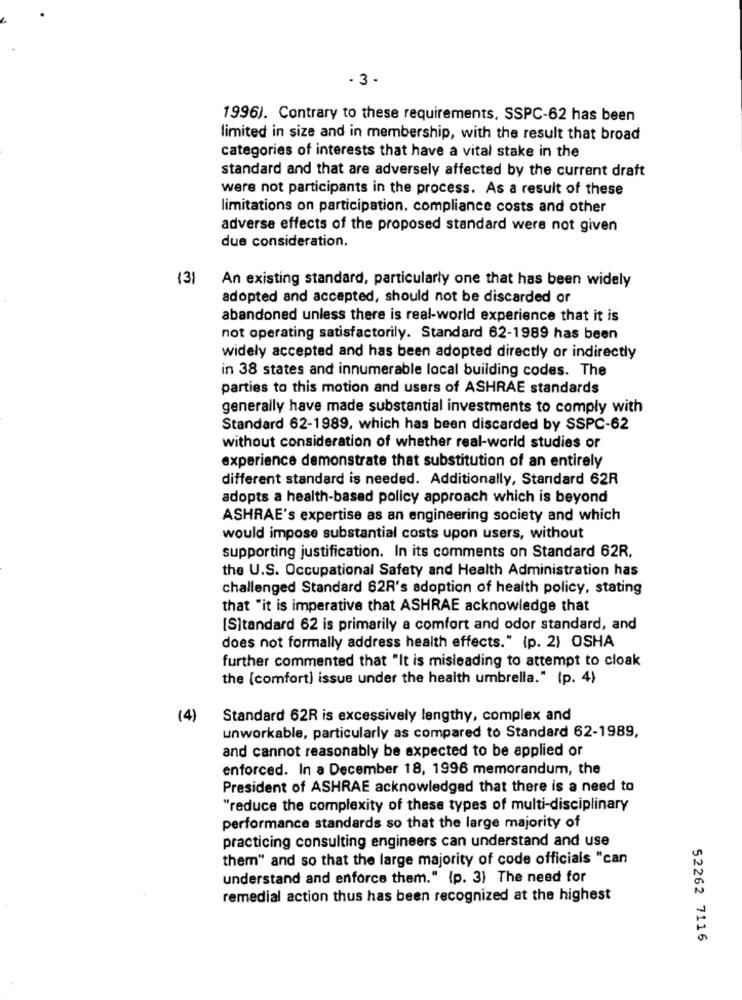
- 3 -
1996). Contrary to these requirements, SSPC-62 has been
limited in size and in membership, with the result that broad
categories of interests that have a vital stake in the
standard and that are adversely affected by the current draft
were not participants in the process. As a result of these
limitations on participation. compliance costs and other
adverse effects of the proposed standard were not given
due consideration.
(3)
An existing standard, particularly one that has been widely
adopted and accepted, should not be discarded or
abandoned unless there is real-world experience that it is
not operating satisfactorily. Standard 62-1989 has been
widely accepted and has been adopted directly or indirectly
in 38 states and innumerable local building codes. The
parties to this motion and users of ASHRAE standards
generally have made substantial investments to comply with
Standard 62-1989, which has been discarded by SSPC-62
without consideration of whether real-world studies or
experience demonstrate that substitution of an entirely
different standard is needed. Additionally, Standard 62R
adopts a health-based policy approach which is beyond
ASHRAE's expertise as an engineering society and which
would impose substantial costs upon users, without
supporting justification. In its comments on Standard 62R.
the U.S. Occupational Safety and Health Administration has
challenged Standard 62R's adoption of health policy, stating
that "it is imperative that ASHRAE acknowledge that
[S]tandard 62 is primarily a comfort and odor standard, and
does not formally address health effects." (p. 2) OSHA
further commented that "It is misleading to attempt to cloak
the [comfort) issue under the health umbrella." (p. 4)
(4)
Standard 62R is excessively lengthy, complex and
unworkable, particularly as compared to Standard 62-1989,
and cannot reasonably be expected to be applied or
enforced. In a December 18, 1996 memorandum, the
President of ASHRAE acknowledged that there is a need to
"reduce the complexity of these types of multi-disciplinary
performance standards so that the large majority of
practicing consulting engineers can understand and use
them" and so that the large majority of code officials "can
understand and enforce them." (p. 3) The need for
remedial action thus has been recognized at the highest
52262 7116